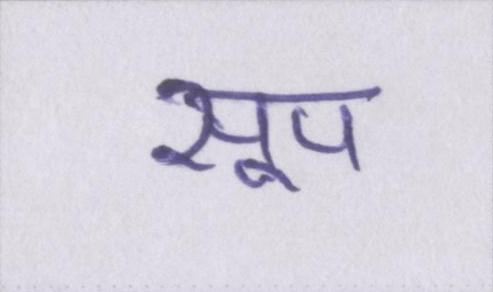
सूप